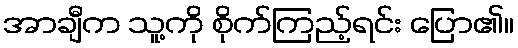
အာချီက သူ့ကို စိုက်ကြည့်ရင်း ပြော၏။